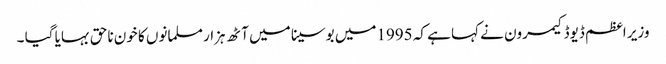
وزیر اعظم ڈیوڈ کیمرون نے کہا ہے کہ 1995میں بوسینا میں آٹھ ہزار مسلمانوں کا خون ناحق بہایا گیا ۔